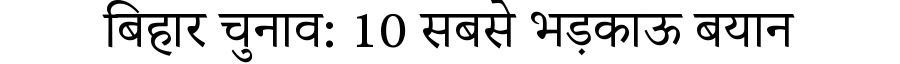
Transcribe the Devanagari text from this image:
बिहार चुनाव: 10 सबसे भड़काऊ बयान